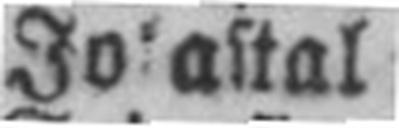
Jokastal